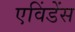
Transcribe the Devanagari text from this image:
एविंडेंस